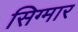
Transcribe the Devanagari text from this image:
सिग्मार